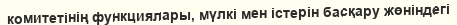
комитетінің функциялары, мүлкі мен істерін басқару жөніндегі